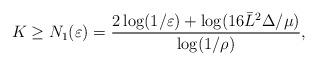
LaTeX: \begin{align*}K\geq N_1({\varepsilon}) = \frac{2\log(1/\varepsilon) + \log(16\bar{L}^2\Delta/\mu)}{\log(1/\rho)}, \end{align*}